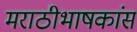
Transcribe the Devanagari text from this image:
मराठीभाषकांस